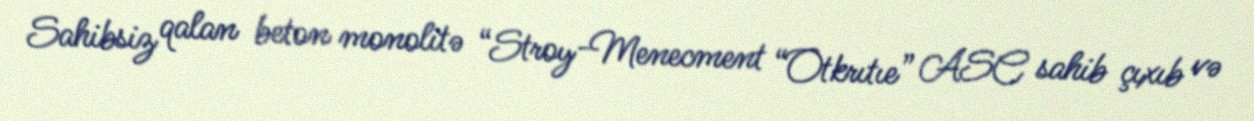
Sahibsiz qalan beton monolitə “Stroy-Menecment “Otkrıtıe” ASC sahib çıxıb və